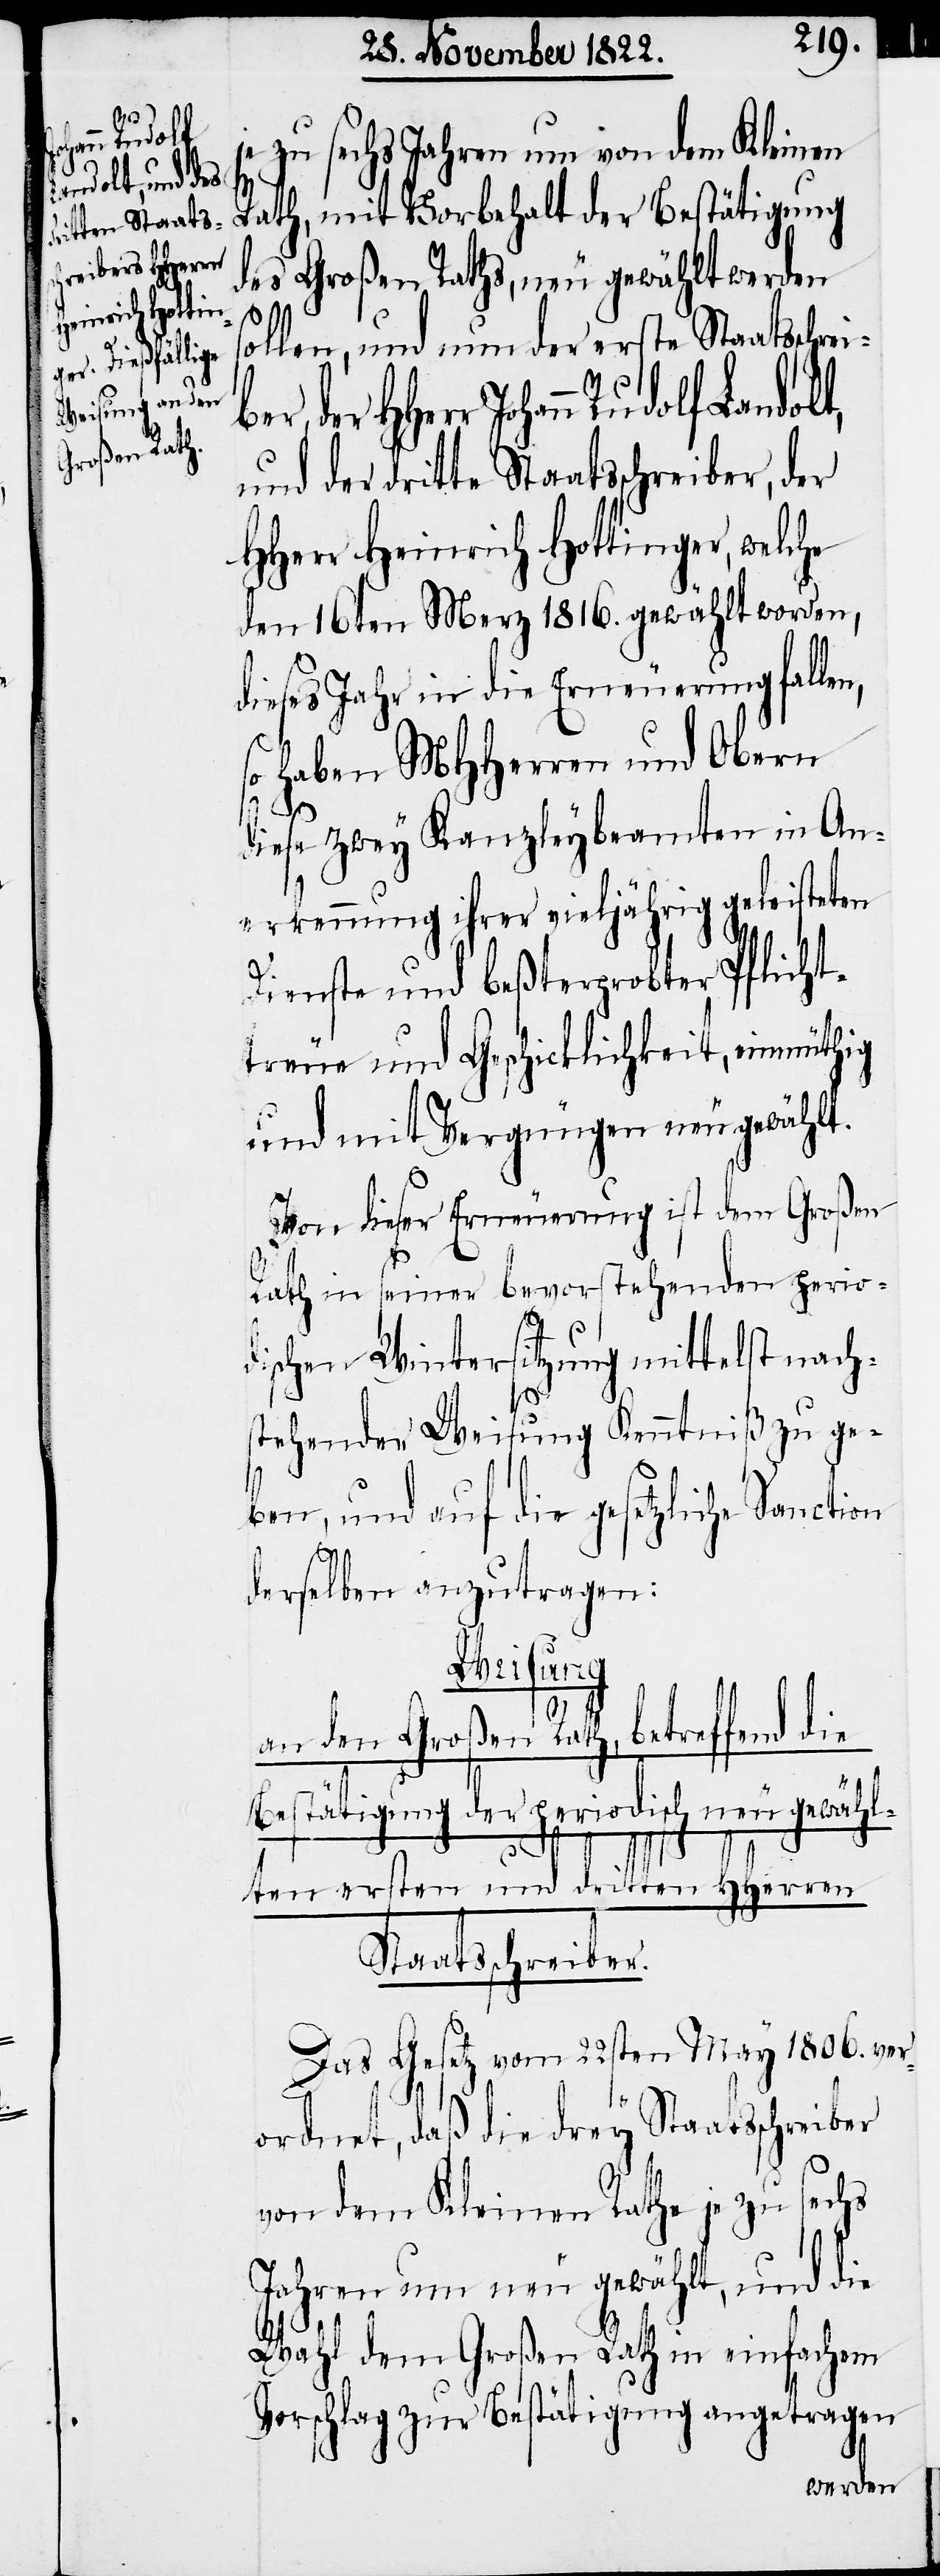
zu sechs Jahren um von dem Kleinen
Rath, mit Vorbehalt der Bestätigung
des Großen Raths, neu gewählt werden
ollen, und nun der erste Sta¬
der HHerr Johann Rudolf Landolt,
und der dritte Staatsschreiber, der
HHerr Heinrich Hottinger, welche
den 16ten Merz 1816. gewählt worden,
dieses Jahr in die Erneuerung fallen,
so haben MHHerren und Obern
s¬
diese zwey Kanzleybeamten in An¬
erkennung ihrer vieljährig geleisteten
Dienste und beßterprobter Pflicht¬
treue und Geschicklichkeit, einmüthig
und mit Vergnügen neu gewählt.
Von dieser Erneuerung ist dem Großen
Rath in seiner bevorstehenden perio¬
dischen Wintersitzung mittelst nach¬
stehender Weisung Kenntniß zu ge¬
ben, und auf die gesetzliche Sanction
derselben anzutragen:
Weisung
an den Großen Rath, betreffend die
Bestätigung der periodisch neu gewäh¬
lten ersten und dritten HHerren
Staatsschreiber.
Das Gesetz vom 22sten May 1806. ver¬
ordnet, daß die drey Staatsschreiber
von dem Kleinen Rathe je zu sechs
Jahren um neu gewählt, und die
Wahl dem Großen Rath in einfachem
Vorschlag zur Bestätigung angetragen